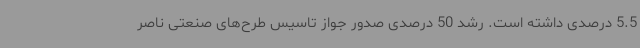
5.5 درصدی داشته است. رشد 50 درصدی صدور جواز تاسیس طرح‌های صنعتی ناصر